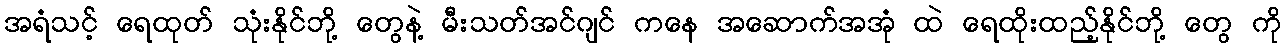
အရံသင့် ရေထုတ် သုံးနိုင်ဘို့ တွေနဲ့ မီးသတ်အင်ဂျင် ကနေ အဆောက်အအုံ ထဲ ရေထိုးထည့်နိုင်ဘို့ တွေ ကို